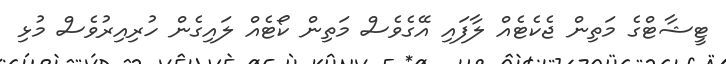
ޓީޝާޓްގެ މަތިން ޖެކެޓެއް ލާފައި އޭގެވެސް މަތިން ކޯޓެއް ލައިގެން ހުރިއިރުވެސް މުޅި